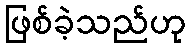
ဖြစ်ခဲ့သည်ဟု